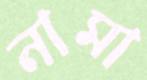
নামা